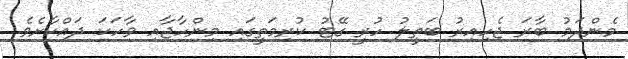
މެންދަމު ބާރަ ޖެހިއިރު ބަތީލު ހުރީ ގޭޓު ކުރިމަތީގައި މިންހާޖާއި ވާހަކަ ދައްކާށެވެ.